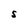
Character: S